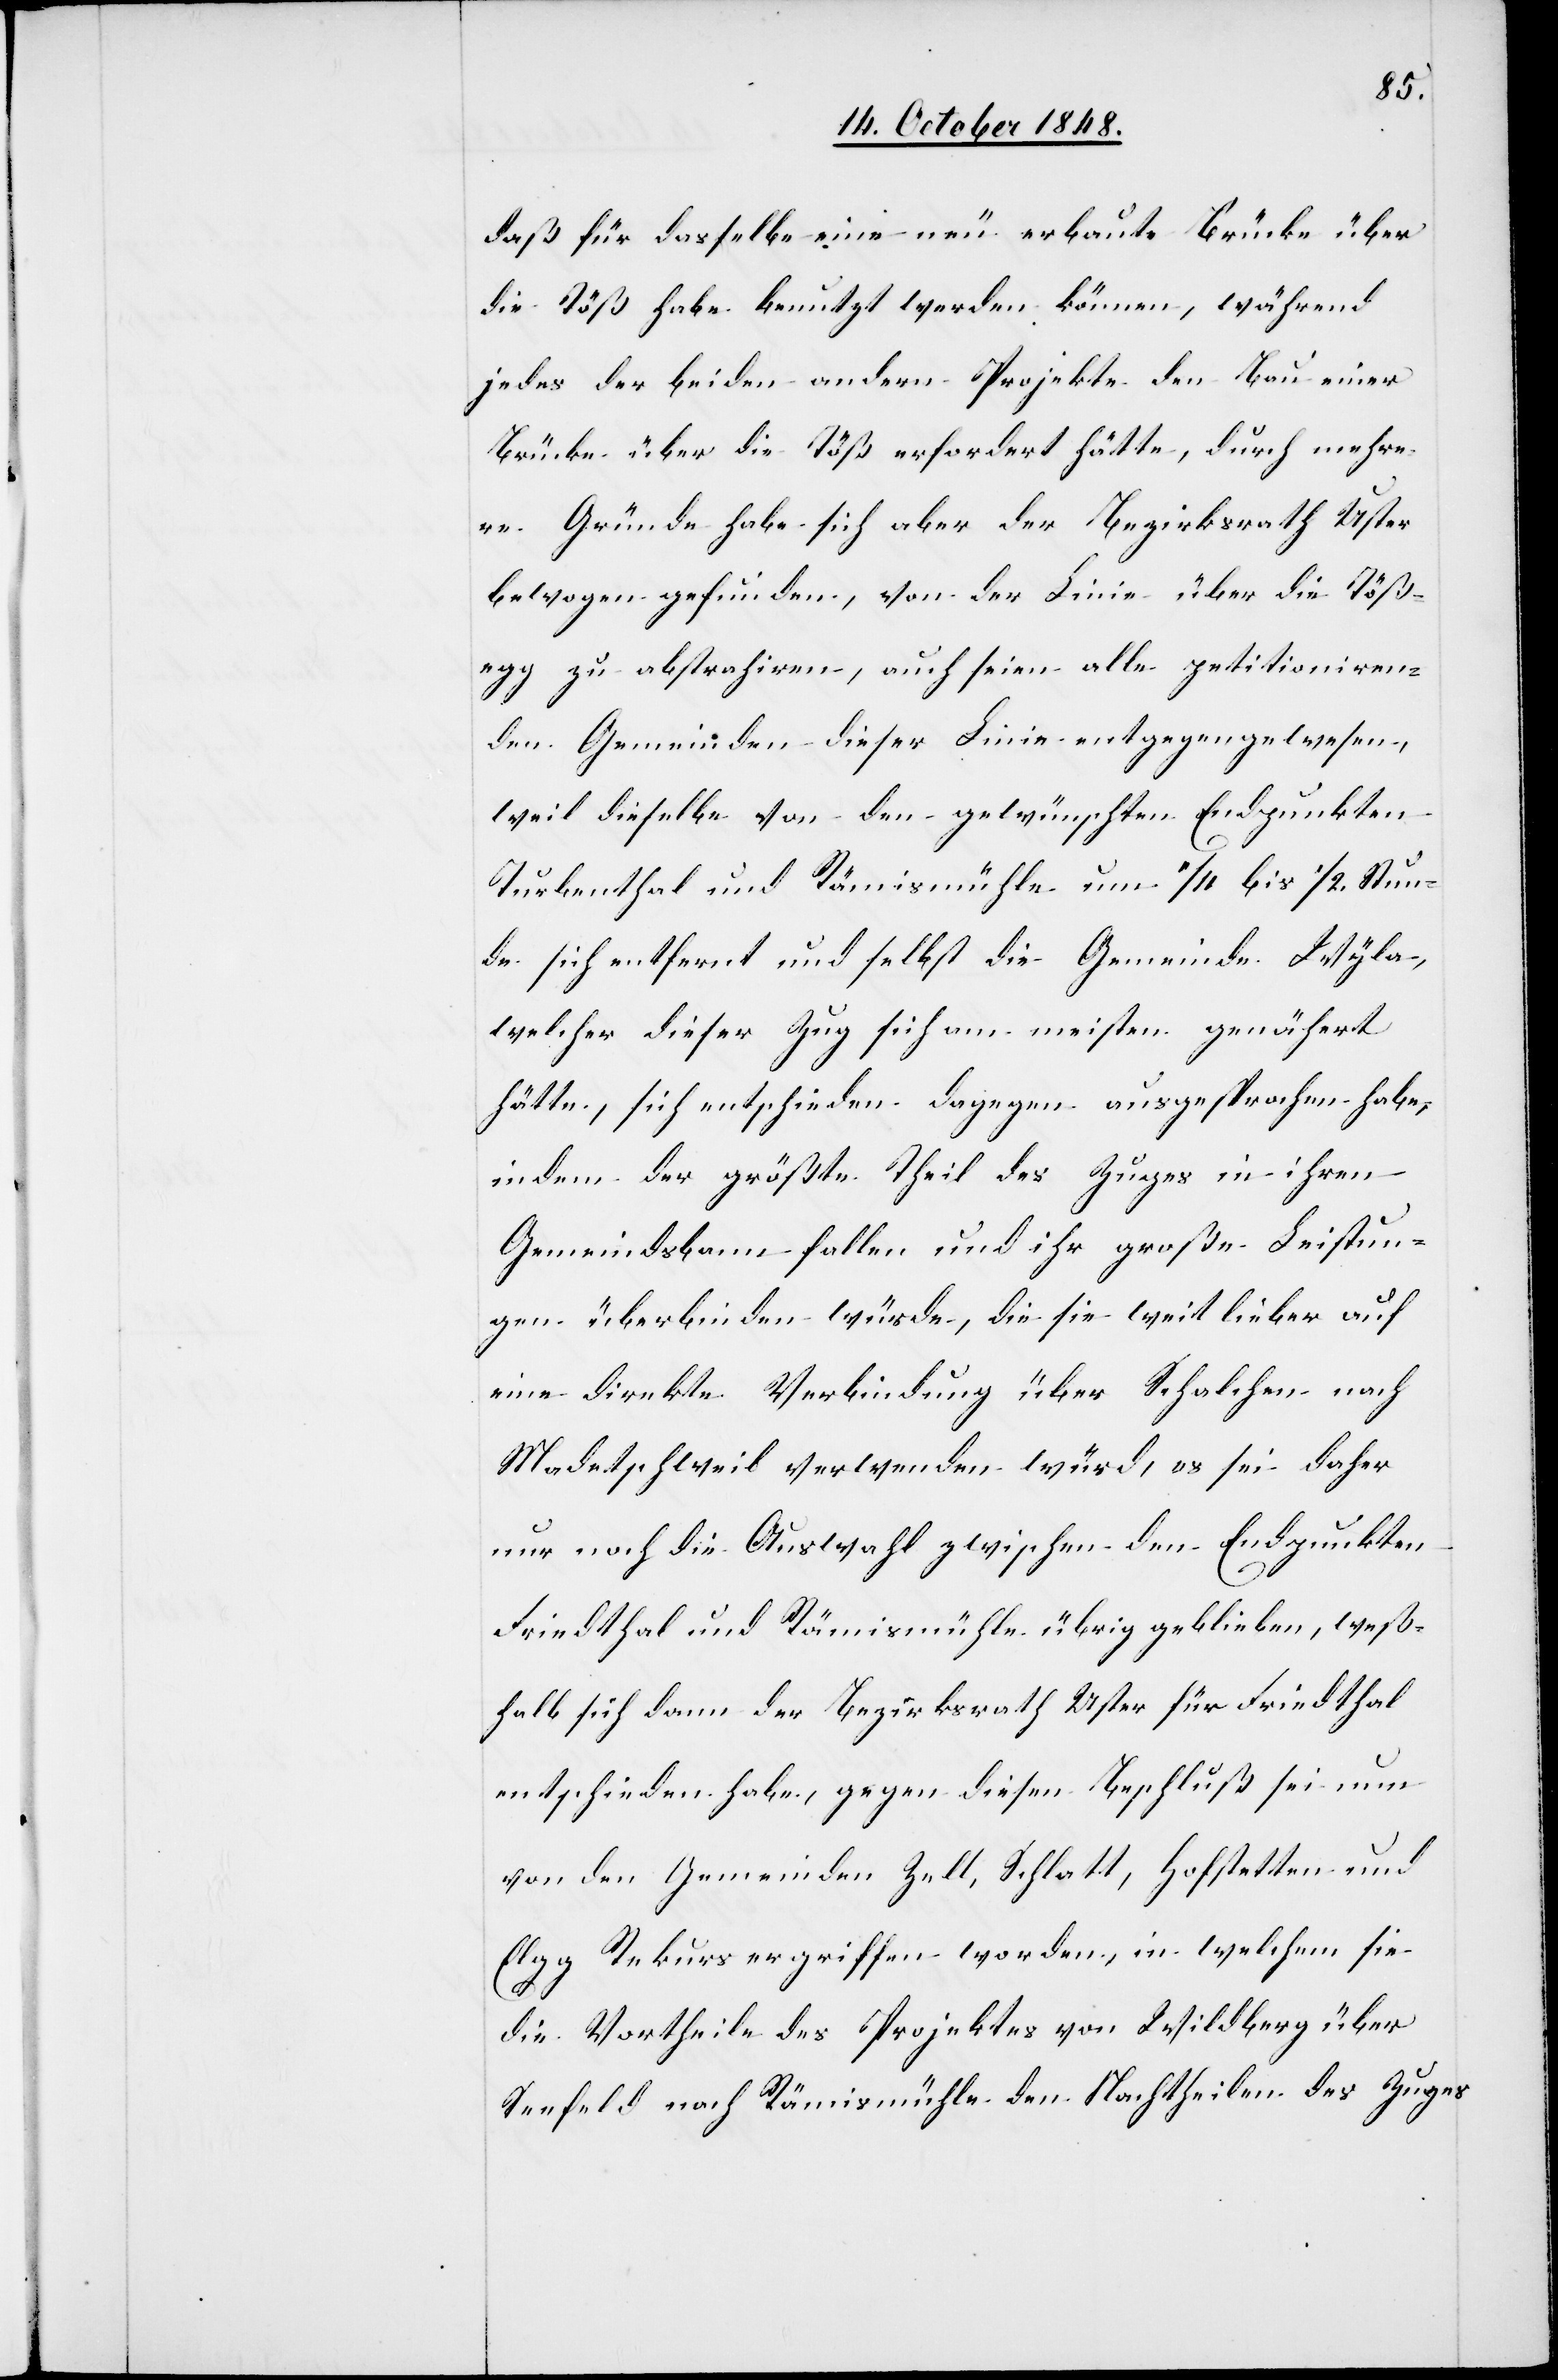
daß für dasselbe eine neu erbaute Brücke über
die Töß habe benutzt werden können, während
jedes der beiden andern Projekte den Bau einer
Brücke über die Töß erfordert hätte, durch mehre¬
re Gründe habe sich aber der Bezirksrath Uster
bewogen gefunden, von der Linie über die Töße¬
gg zu abstrahiren, auch seien alle petitioniren¬
den Gemeinden dieser Linie entgegengewesen,
weil dieselbe von den gewünschten Endpunkten
Turbenthal und Rämismühle um 1/4. bis 1/2. Stun¬
den sich entfernt und selbst die Gemeinde Wyla,
welcher dieser Zug sich am meisten genähert
hätte, sich entschieden dagegen ausgesprochen habe,
indem der größte Theil des Zuges in ihren
Gemeindsbann fallen und ihr große Leistun¬
gen überbinden würde, die sie weit lieber auf
eine direkte Verbindung über Schalchen nach
Madetschweil verwenden würd[e], es sei daher
nur noch de Auswahl zwischen den Endpunkten
Friedthal und Rämismühle übrig geblieben, weß¬
halb sich dann der Bezirksrath Uster für Friedthal
entschieden habe, gegen diesen Beschluß sei nun
von den Gemeinden Zell, Schlatt, Hofstetten und
Elgg Rekurs ergriffen worden, in welchem sie
die Vortheile des Projektes von Wildberg über
Seefeld nach Rämismühle den Nachtheilen des Zuges